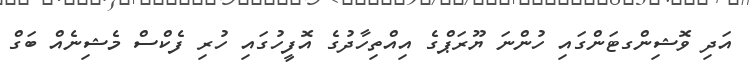
އަދި ވޮޝިންގޓަންގައި ހުންނަ ޔޫރަޕްގެ އިއްތިހާދުގެ އޮފީހުގައި ހުރި ފެކްސް މެޝިނެއް ބަގް